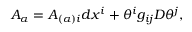
{ \cal A } _ { \alpha } = A _ { ( \alpha ) i } d x ^ { i } + \theta ^ { i } g _ { i j } D \theta ^ { j } ,